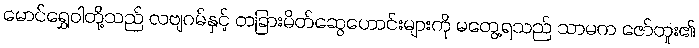
မောင်ရွှေဝါတို့သည် လဗျဂမ်နှင့် တခြားမိတ်ဆွေဟောင်းများကို မတွေ့ရသည် သာမက ဇော်တူး၏